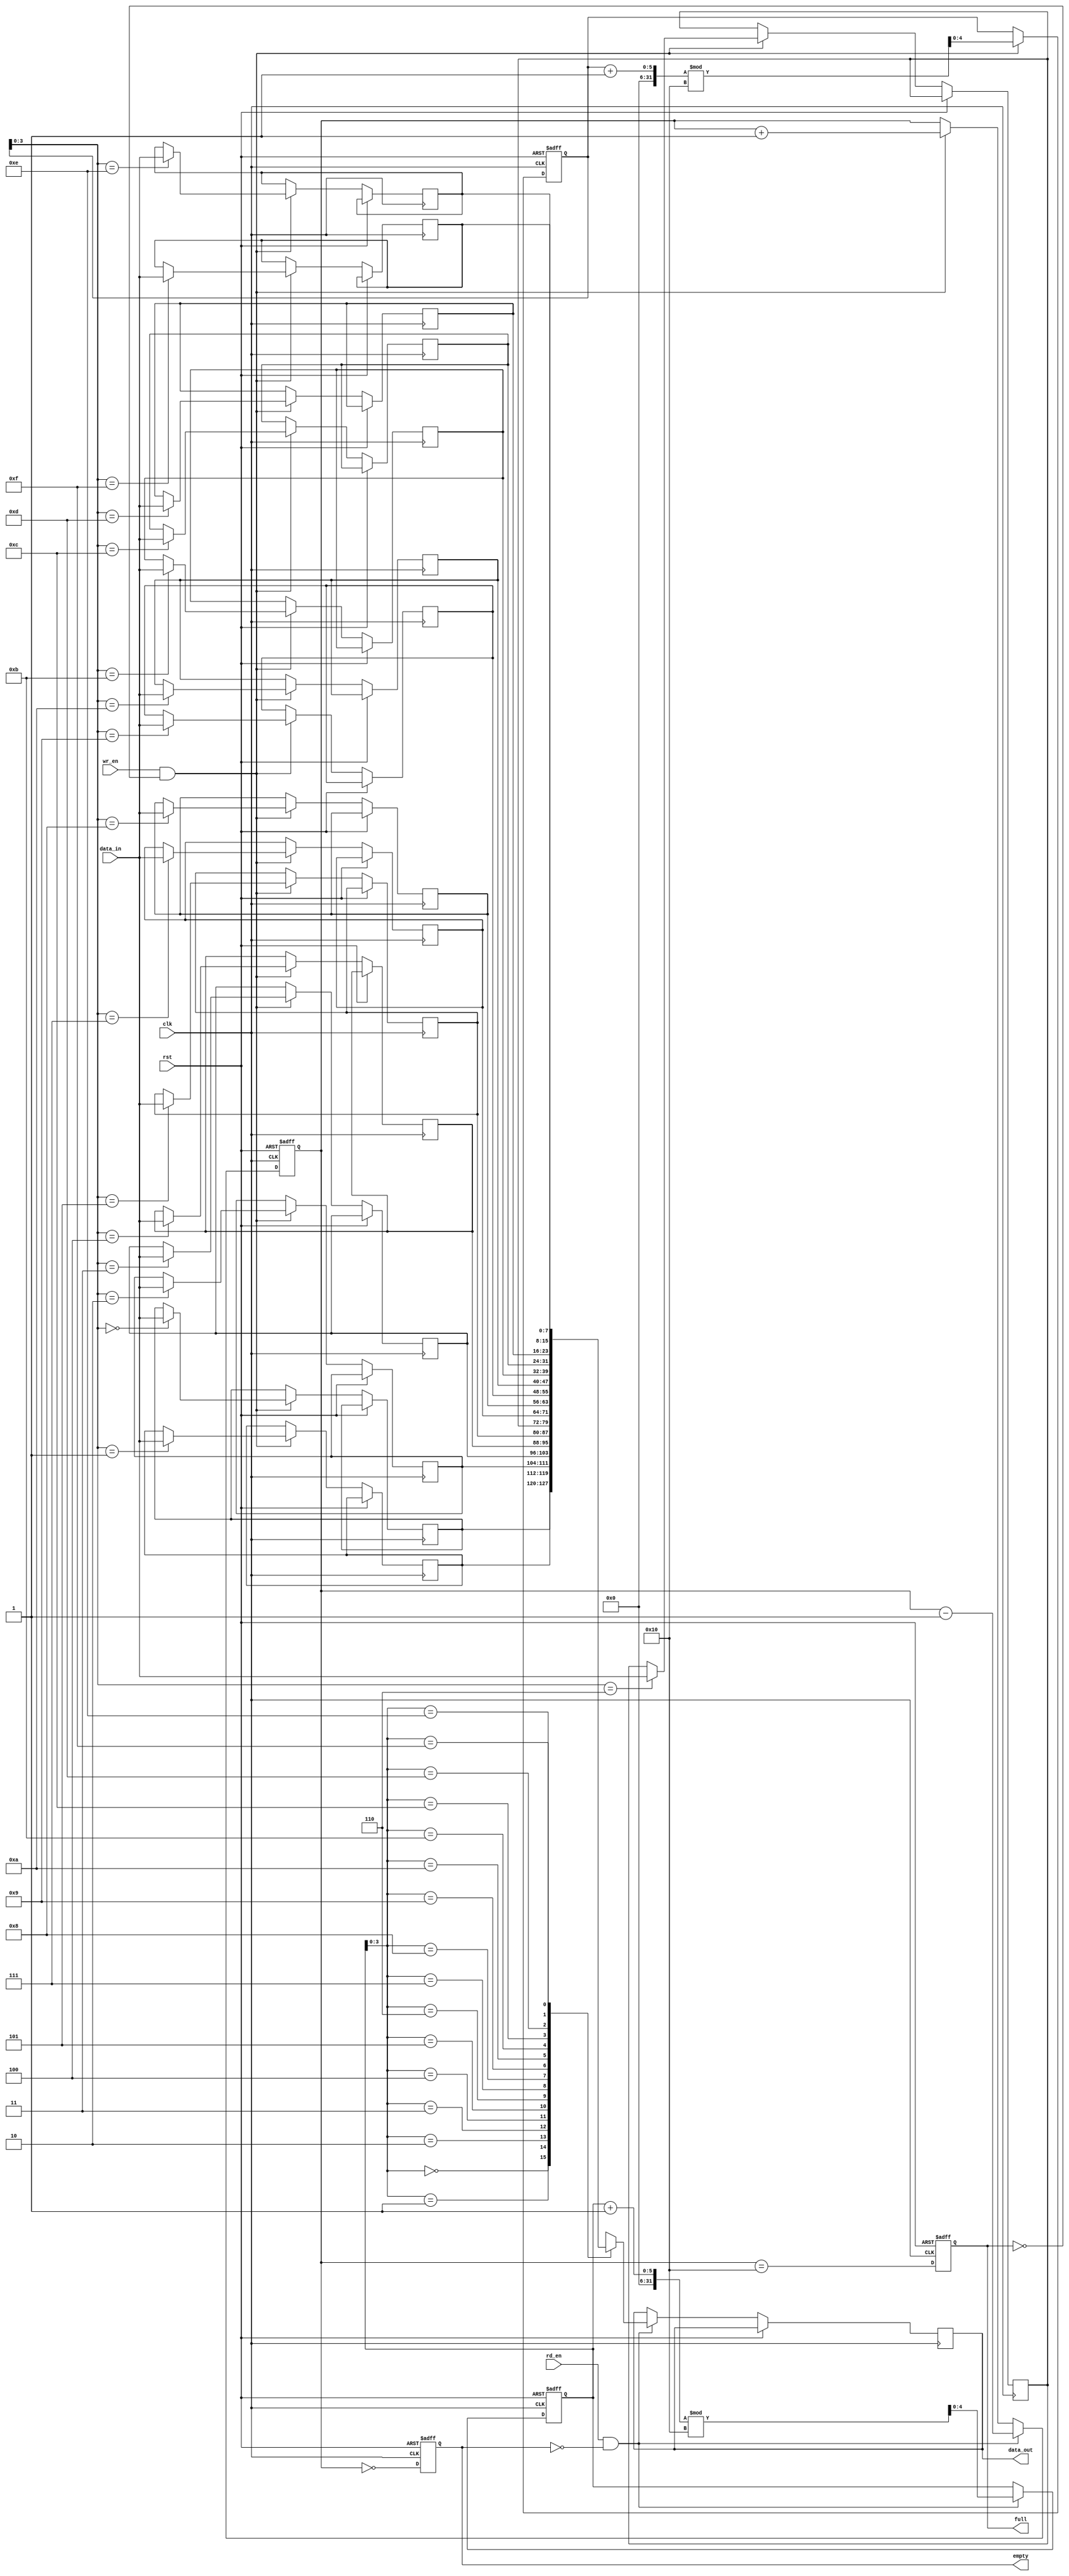
module fifo_sram #(
    parameter DEPTH = 16,  // FIFO depth
    parameter WIDTH = 8     // FIFO width
)(
    input wire clk,         // Clock signal
    input wire rst,         // Asynchronous reset
    input wire wr_en,       // Write enable
    input wire rd_en,       // Read enable
    input wire [WIDTH-1:0] data_in, // Data input
    output reg [WIDTH-1:0] data_out, // Data output
    output reg full,        // Full flag
    output reg empty        // Empty flag
);

    // Memory array declaration
    reg [WIDTH-1:0] fifo_mem [0:DEPTH-1];
    reg [4:0] wr_ptr;      // Write pointer (5 bits for up to 32 entries)
    reg [4:0] rd_ptr;      // Read pointer (5 bits for up to 32 entries)
    reg [5:0] count;       // Count of the number of entries in the FIFO

    // Asynchronous reset and FIFO control logic
    always @(posedge clk or posedge rst) begin
        if (rst) begin
            wr_ptr <= 0;
            rd_ptr <= 0;
            count <= 0;
            full <= 0;
            empty <= 1;
        end else begin
            // Write operation
            if (wr_en && !full) begin
                fifo_mem[wr_ptr] <= data_in; // Write data to FIFO
                wr_ptr <= (wr_ptr + 1) % DEPTH; // Update write pointer
                count <= count + 1; // Increment count
            end

            // Read operation
            if (rd_en && !empty) begin
                data_out <= fifo_mem[rd_ptr]; // Read data from FIFO
                rd_ptr <= (rd_ptr + 1) % DEPTH; // Update read pointer
                count <= count - 1; // Decrement count
            end

            // Update full and empty flags
            full <= (count == DEPTH);
            empty <= (count == 0);
        end
    end

endmodule